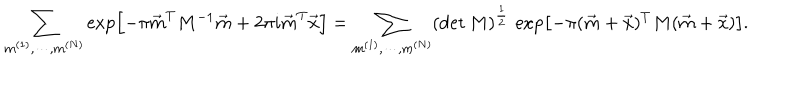
\sum _ { m ^ { ( 1 ) } , \cdots , m ^ { ( N ) } } \exp \left[ - \pi \vec { m } ^ { T } M ^ { - 1 } \vec { m } + 2 \pi i \vec { m } ^ { T } \vec { x } \right] = \sum _ { m ^ { ( 1 ) } , \cdots , m ^ { ( N ) } } ( \det M ) ^ { \frac { 1 } { 2 } } \, \exp \left[ - \pi ( \vec { m } + \vec { x } ) ^ { T } M ( \vec { m } + \vec { x } ) \right] .